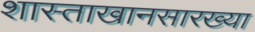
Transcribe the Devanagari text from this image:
शास्ताखानसारख्या